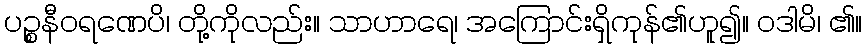
ပဉ္စနီဝရဏေပိ၊ တို့ကိုလည်း။ သာဟာရေ၊ အကြောင်းရှိကုန်၏ဟူ၍။ ဝဒါမိ၊ ၏။